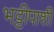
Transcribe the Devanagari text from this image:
भट्टीपाशी